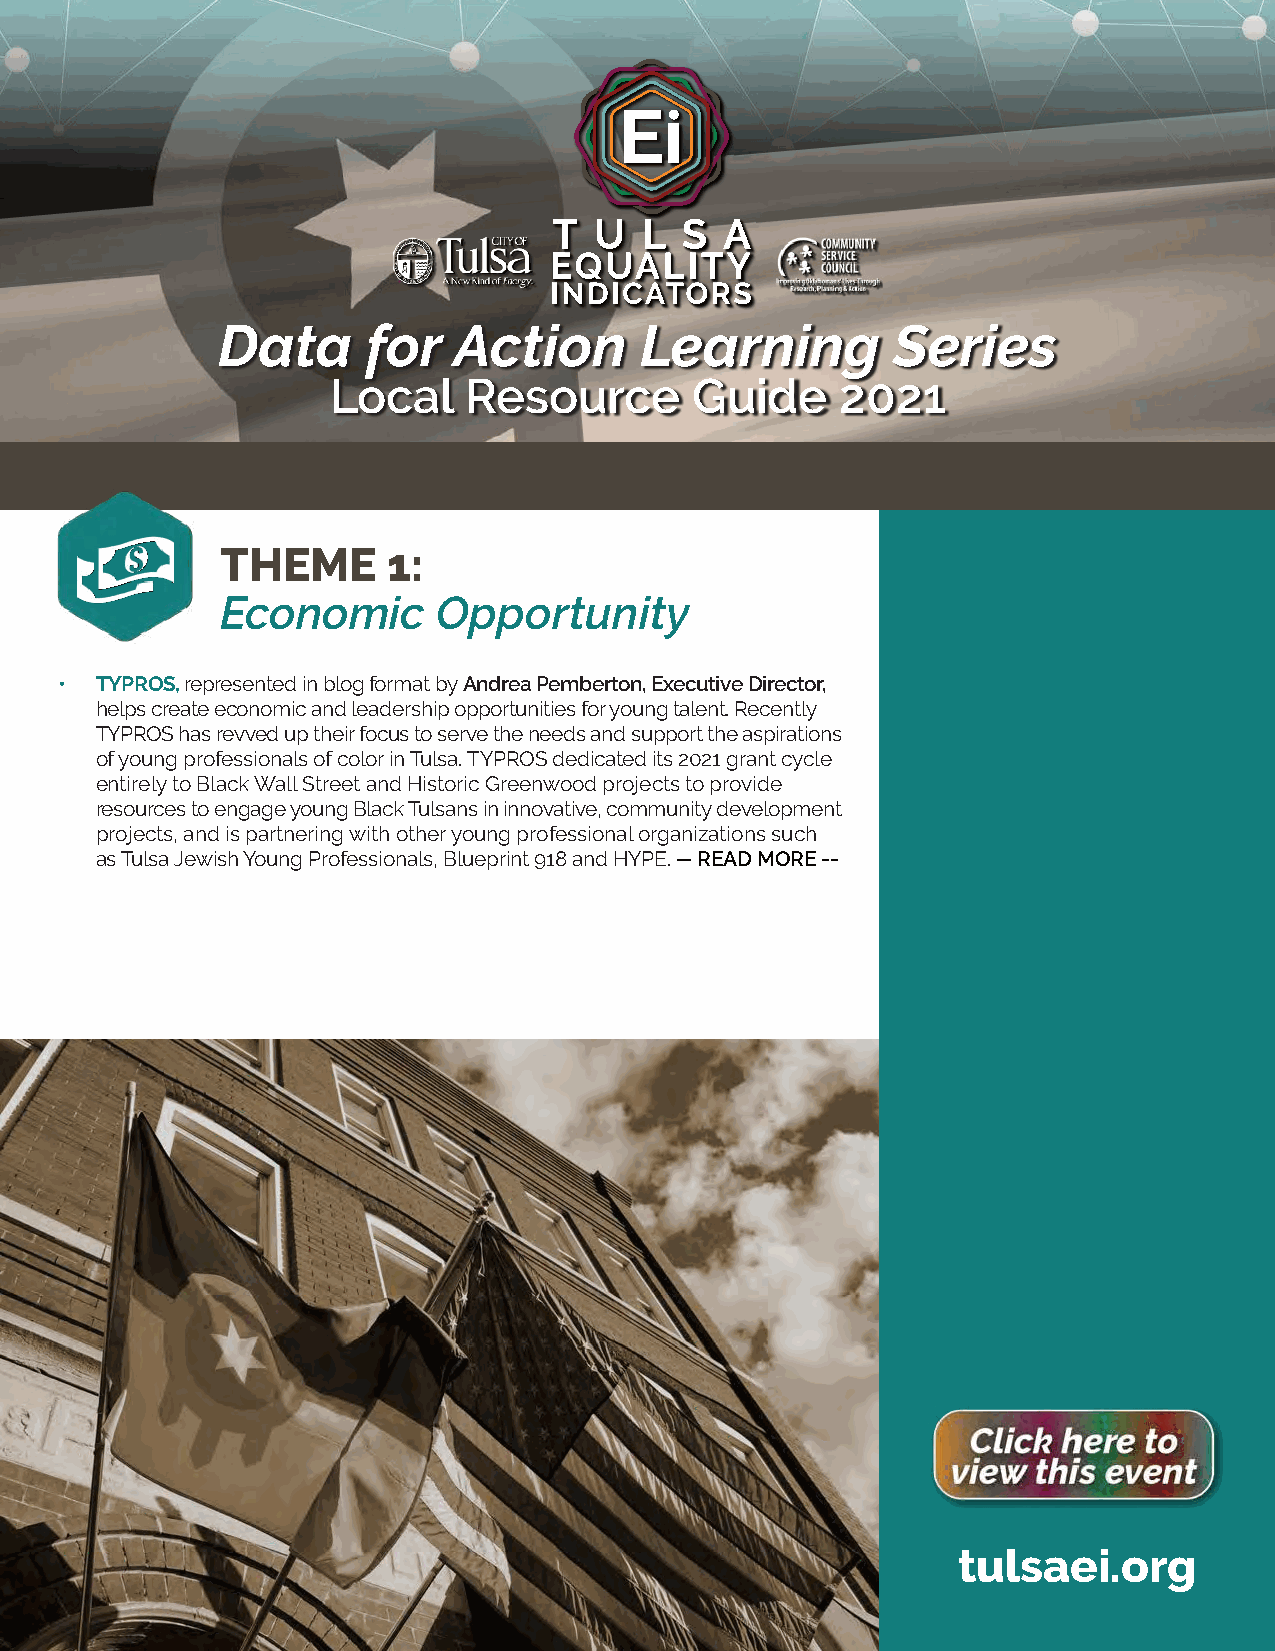
Data      for   Action      Learning         Series
 Local    Resource       Guide     2021
 THEME      1:
 Economic      Opportunity
 • TYPROS, represented in blog format by Andrea Pemberton, Executive Director,
 helps create economic and leadership opportunities for young talent. Recently
 TYPROS has revved up their focus to serve the needs and support the aspirations
 of young professionals of color in Tulsa. TYPROS dedicated its 2021 grant cycle
 entirely to Black Wall Street and Historic Greenwood projects to provide
 resources to engage young Black Tulsans in innovative, community development
 projects, and is partnering with other young professional organizations such
 as Tulsa Jewish Young Professionals, Blueprint 918 and HYPE. -- READ MORE --
 tulsaei.org